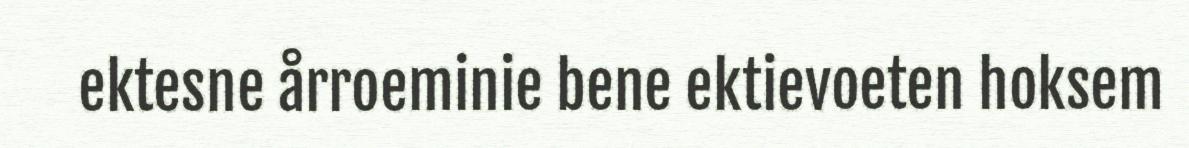
ektesne årroeminie bene ektievoeten hoksem